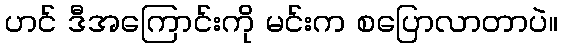
ဟင် ဒီအကြောင်းကို မင်းက စပြောလာတာပဲ။